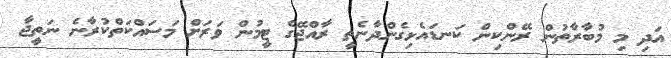
އަދި މި މުބާރާތުން ރޭންކިން ކަނޑައެޅިގެންދާނެތީ ރާއްޖޭގެ ޓީމުން ވަރަށް މަސައްކަތްކުރާނެ ނަތީޖާ